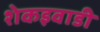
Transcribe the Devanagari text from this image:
शेकइवाडी